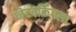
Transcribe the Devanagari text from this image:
नेटवर्किंगला